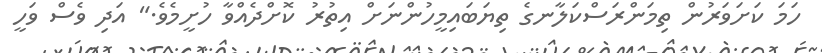
ހަމަ ކަށަވަރުން ތިމަންރަސްކަލާނގެ ތިޔަބައިމީހުންނަށް އިތުރު ކޮށްދެއްވާ ހުށީމެވެ." އަދި ވެސް ވަހީ